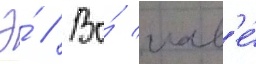
Э́ // Во́ глав'е́